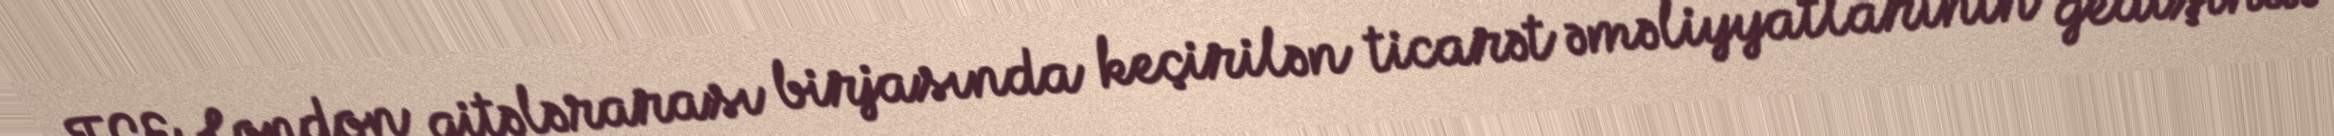
ICE London qitələrarası birjasında keçirilən ticarət əməliyyatlarının gedişində